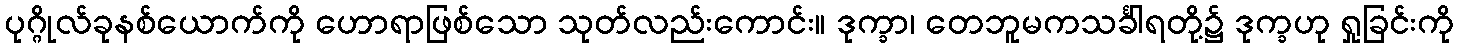
ပုဂ္ဂိုလ်ခုနစ်ယောက်ကို ဟောရာဖြစ်သော သုတ်လည်းကောင်း။ ဒုက္ခာ၊ တေဘူမကသင်္ခါရတို့၌ ဒုက္ခဟု ရှုခြင်းကို